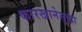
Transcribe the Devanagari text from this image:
कारखानेसुद्धा